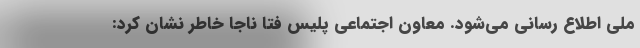
ملی اطلاع رسانی می‌شود. معاون اجتماعی پلیس فتا ناجا خاطر نشان کرد: